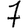
Digit: 7